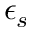
\epsilon _ { s }